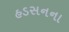
હડસનના